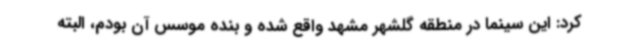
کرد: این سینما در منطقه گلشهر مشهد واقع شده و بنده موسس آن بودم، البته